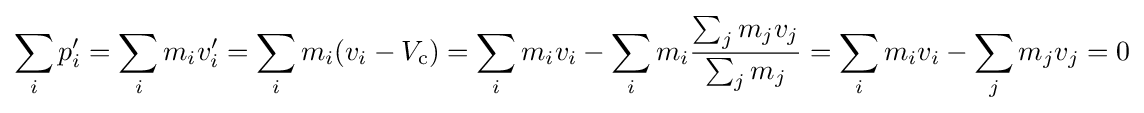
\sum _{i}p'_{i}=\sum _{i}m_{i}v'_{i}=\sum _{i}m_{i}(v_{i}-V_{\text{c}})=\sum _{i}m_{i}v_{i}-\sum _{i}m_{i}{\frac {\sum _{j}m_{j}v_{j}}{\sum _{j}m_{j}}}=\sum _{i}m_{i}v_{i}-\sum _{j}m_{j}v_{j}=0